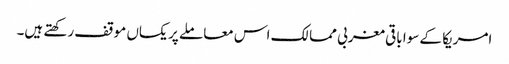
امریکا کے سوا باقی مغربی ممالک اس معاملے پر یکساں موقف رکھتے ہیں۔